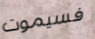
فسيموت